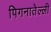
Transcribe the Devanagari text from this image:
पिगनातेल्ली